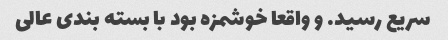
سریع رسید. و واقعا خوشمزه بود با بسته بندی عالی